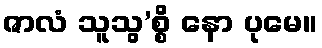
ဇာလံ သူသွ’စ္စိ နော ပုမေ။